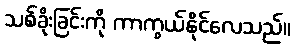
သစ်ခိုးခြင်းကို ကာကွယ်နိုင်လေသည်။